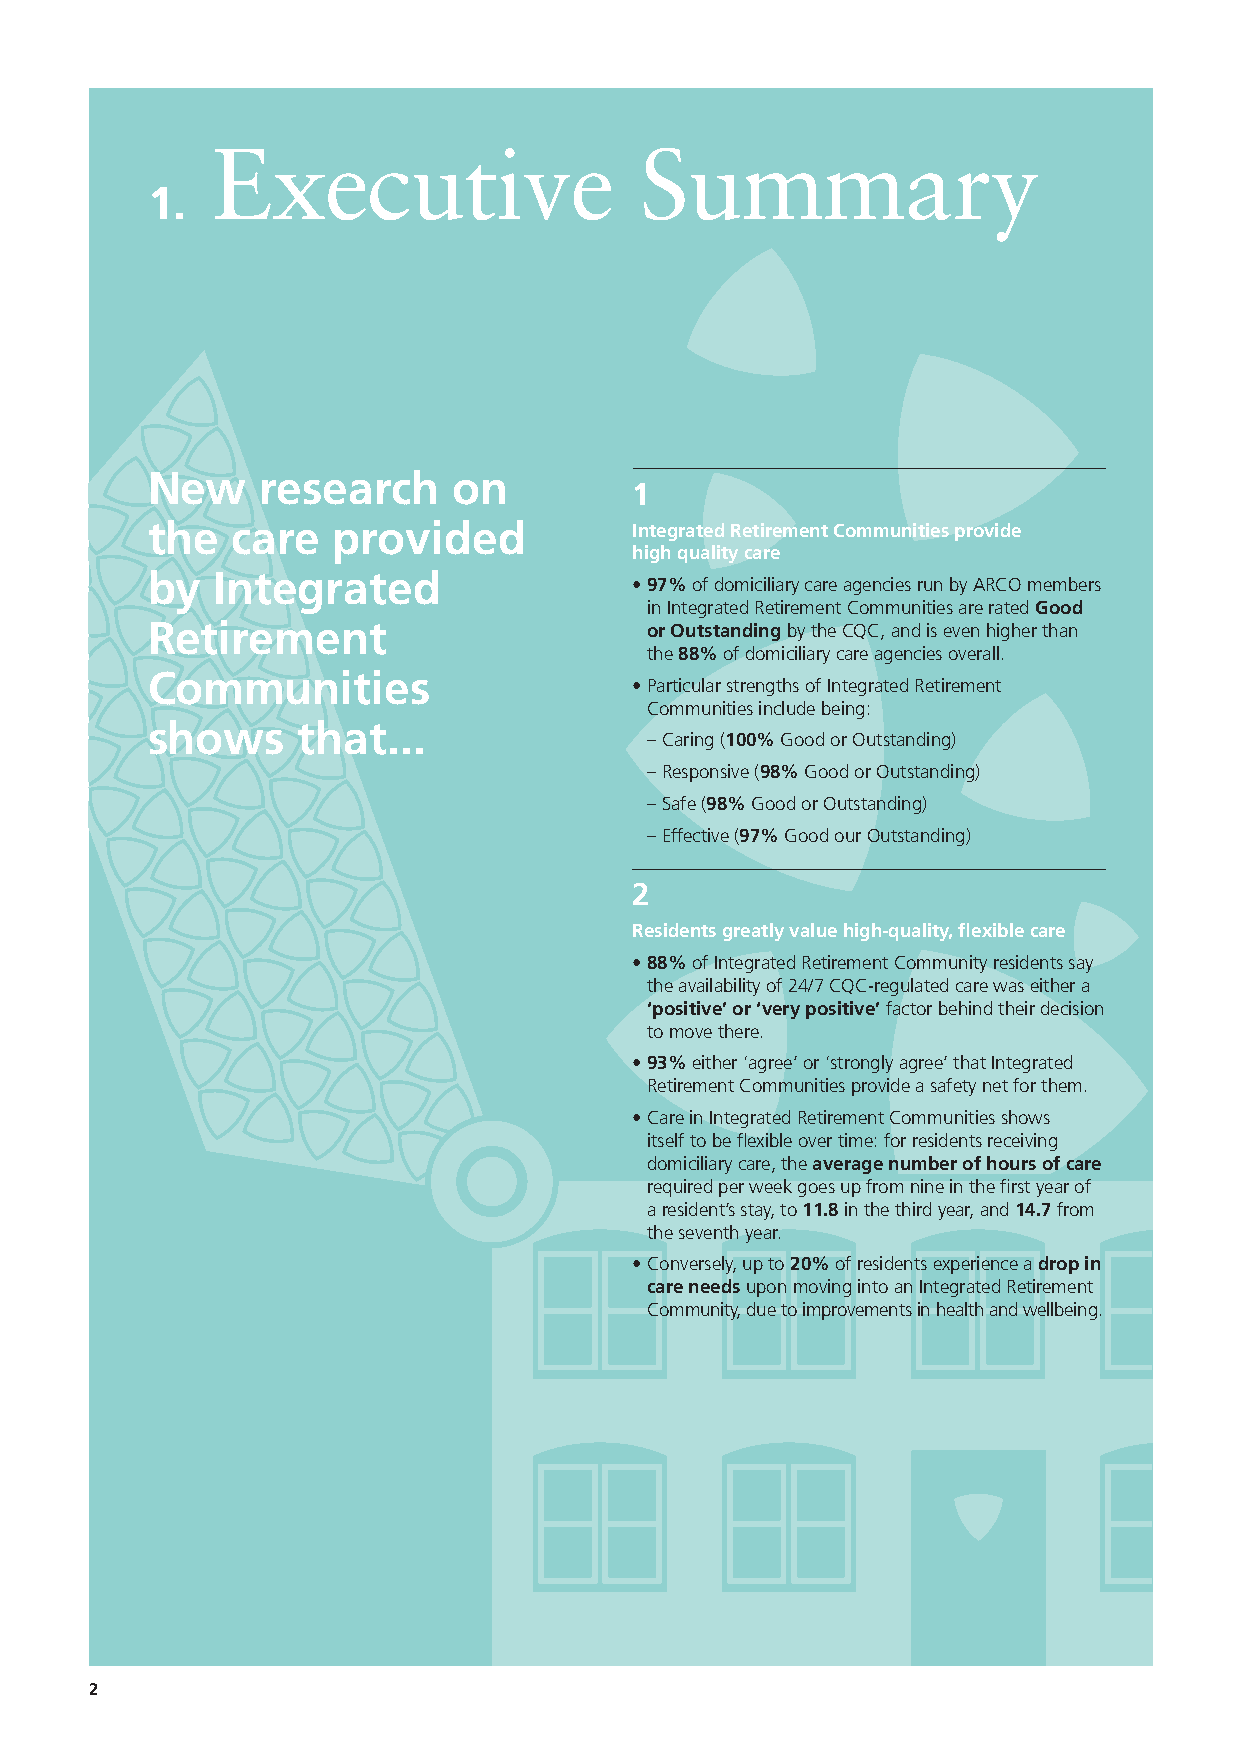
Executive                   Summary
 1.
 New    research     on
 1
 the  care   provided            Integrated Retirement Communities provide
 high quality care
 by  Integrated
 • 9 7% of domiciliary care agencies run by ARCO members
 in Integrated Retirement Communities are rated Good
 Retirement                       or Outstanding by the CQC, and is even higher than
 the 88% of domiciliary care agencies overall.
 Communities
 • Particular strengths of Integrated Retirement
 Communities include being:
 shows     that...
 – Caring (100% Good or Outstanding)
 – Responsive (98% Good or Outstanding)
 – Safe (98% Good or Outstanding)
 – Effective (97% Good our Outstanding)
 2
 Residents greatly value high-quality, flexible care
 • 8 8% of Integrated Retirement Community residents say
 the availability of 24/7 CQC-regulated care was either a
 ‘positive’ or ‘very positive’ factor behind their decision
 to move there.
 • 9 3% either ‘agree’ or ‘strongly agree’ that Integrated
 Retirement Communities provide a safety net for them.
 • Care in Integrated Retirement Communities shows
 itself to be flexible over time: for residents receiving
 domiciliary care, the average number of hours of care
 required per week goes up from nine in the first year of
 a resident’s stay, to 11.8 in the third year, and 14.7 from
 the seventh year.
 • Conversely, up to 20% of residents experience a drop in
 care needs upon moving into an Integrated Retirement
 Community, due to improvements in health and wellbeing.
 2